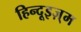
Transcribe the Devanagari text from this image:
हिन्दूइज़्म